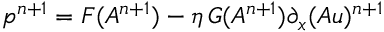
p ^ { n + 1 } = F ( A ^ { n + 1 } ) - \eta \, G ( A ^ { n + 1 } ) \partial _ { x } ( A u ) ^ { n + 1 }